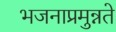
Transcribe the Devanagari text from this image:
भजनाप्रमुन्नते